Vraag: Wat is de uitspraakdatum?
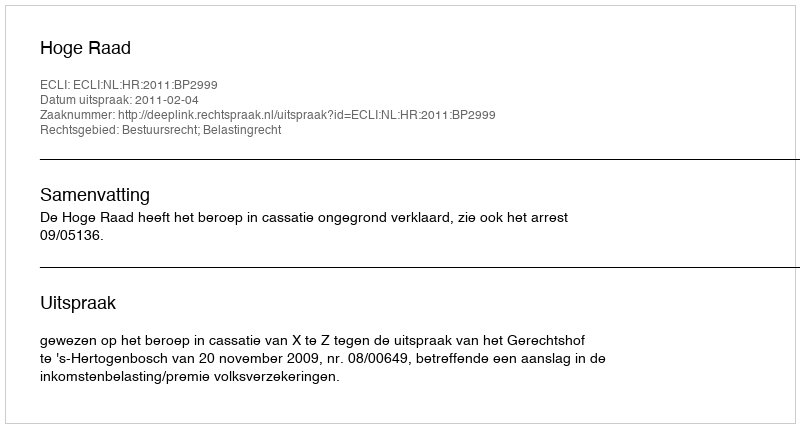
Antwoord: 2011-02-04